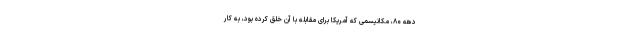
دهه ۸۰، مکانیسمی که آمریکا برای مقابله با آن‌ خلق کرده بود، به کار